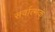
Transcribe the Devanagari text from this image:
सर्वात्मकं